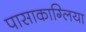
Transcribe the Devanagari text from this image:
पासाकाग्लिया